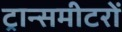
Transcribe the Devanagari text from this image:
ट्रान्समीटरों